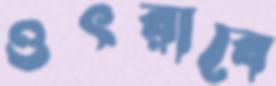
ওৎরাবে